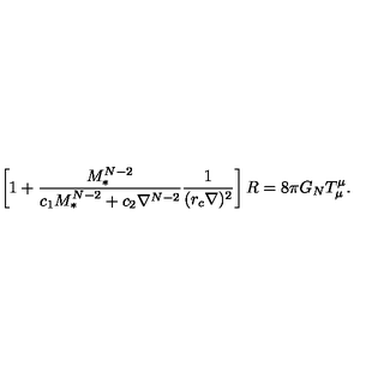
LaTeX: \left[ 1 + { \frac { M _ { * } ^ { N - 2 } } { c _ { 1 } M _ { * } ^ { N - 2 } + c _ { 2 } \nabla ^ { N - 2 } } } { \frac { 1 } { ( r _ { c } \nabla ) ^ { 2 } } } \right] R = 8 \pi G _ { N } T _ { \mu } ^ { \mu } .